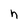
Character: h